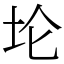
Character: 𫭢